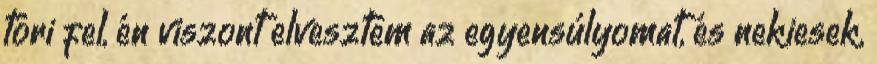
töri fel, én viszont elvesztem az egyensúlyomat, és nekiesek,